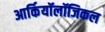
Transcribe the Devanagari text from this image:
आर्कियॉलॉजिकल